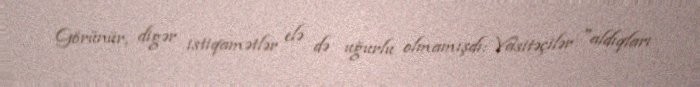
Görünür, digər istiqamətlər elə də uğurlu olmamışdı: Vasitəçilər "aldıqları